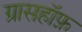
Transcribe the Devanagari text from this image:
ग्रासहॉफ़